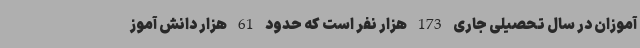
آموزان در سال تحصیلی جاری 173 هزار نفر است که حدود 61 هزار دانش آموز